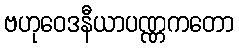
ဗဟုဝေဒနီယာပဏ္ဏကတော